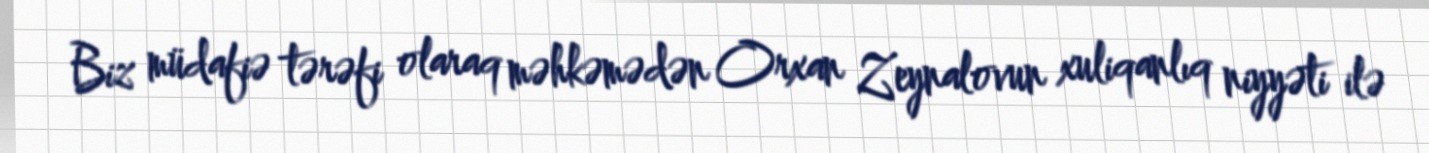
Biz müdafiə tərəfi olaraq məhkəmədən Orxan Zeynalovun xuliqanlıq niyyəti ilə